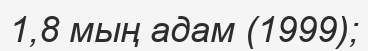
1,8 мың адам (1999);